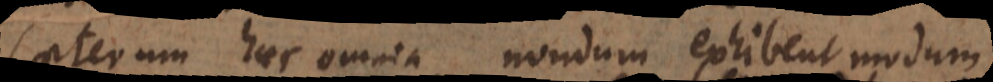
Caeterum haec omnia nondum exhibent modum